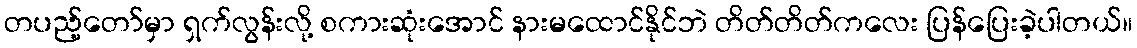
တပည့်တော်မှာ ရှက်လွန်းလို့ စကားဆုံးအောင် နားမထောင်နိုင်ဘဲ တိတ်တိတ်ကလေး ပြန်ပြေးခဲ့ပါတယ်။